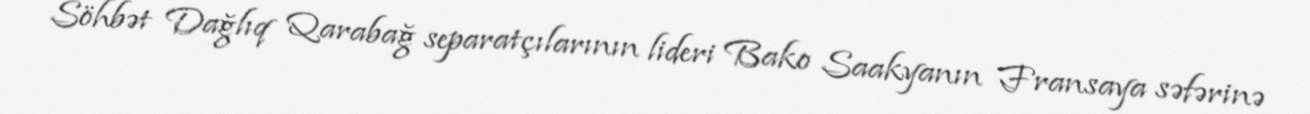
Söhbət Dağlıq Qarabağ separatçılarının lideri Bako Saakyanın Fransaya səfərinə